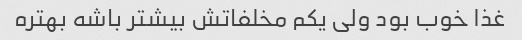
غذا خوب بود ولی یکم مخلفاتش بیشتر باشه بهتره